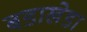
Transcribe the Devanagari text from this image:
बडाखेडा